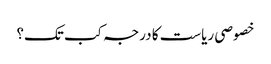
خصوصی ریاست کا درجہ کب تک؟